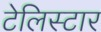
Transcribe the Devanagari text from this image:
टेलिस्टार